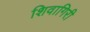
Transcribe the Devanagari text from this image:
शिवागिरी